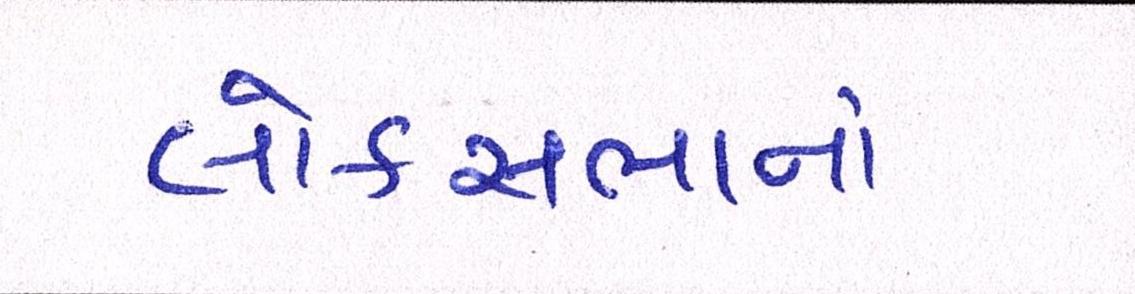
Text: લોકસબાનાં